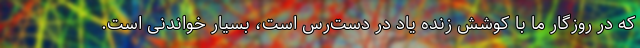
که در روزگار ما با کوشش زنده یاد در دست‌رس است، بسیار خواندنی است.